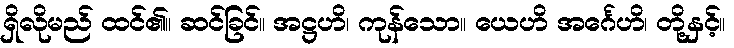
ရှိလိုမည် ထင်၏။ ဆင်ခြင်။ အဋ္ဌဟိ၊ ကုန်သော။ ယေဟိ အင်္ဂေဟိ၊ တို့နှင့်။